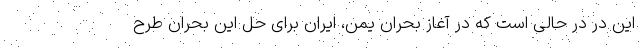
این در در حالی است که در آغاز بحران یمن، ایران برای حل این بحران طرح